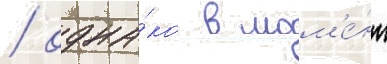
/ одна́ко в мом'е́нт